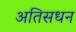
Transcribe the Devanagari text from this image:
अतिसधन